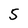
Character: 5